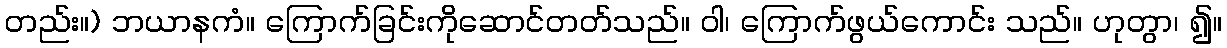
တည်း။) ဘယာနကံ။ ကြောက်ခြင်းကိုဆောင်တတ်သည်။ ဝါ၊ ကြောက်ဖွယ်ကောင်း သည်။ ဟုတွာ၊ ၍။